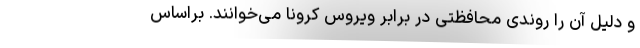
و دلیل آن را روندی محافظتی در برابر ویروس کرونا می‌خوانند. براساس